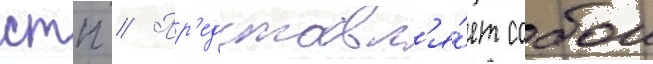
стп // Пр'едставл'я́ет собои